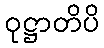
ဝုဋ္ဌာတိပိ